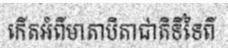
កើតអំពីមាតាបិតាជាតិទីទៃពី